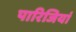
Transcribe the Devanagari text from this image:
पारिजियां